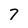
Character: 7